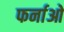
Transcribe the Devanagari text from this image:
फर्नाओ